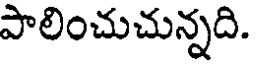
పాలించుచున్నది.